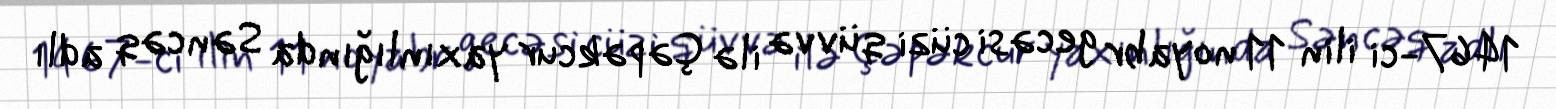
1467-ci ilin 11 noyabr gecəsi cüzi qüvvə ilə Çəpəkcur yaxınlığında Səncəq adlı